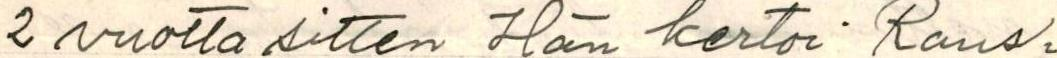
2 vuotta sitten Hän kertoi Rans-